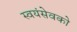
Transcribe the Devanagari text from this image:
स्‍वयंसेवको